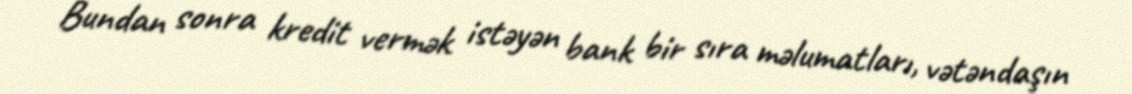
Bundan sonra kredit vermək istəyən bank bir sıra məlumatları, vətəndaşın